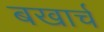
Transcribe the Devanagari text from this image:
बखार्च